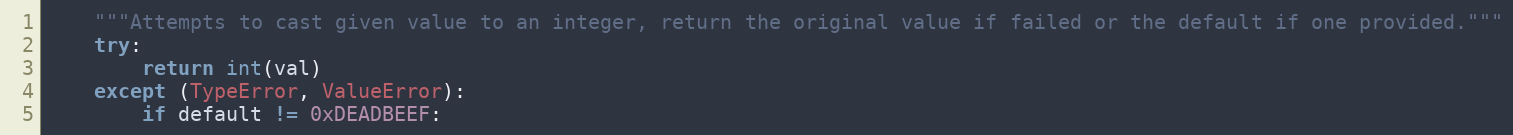
Language: Python
    """Attempts to cast given value to an integer, return the original value if failed or the default if one provided."""
    try:
        return int(val)
    except (TypeError, ValueError):
        if default != 0xDEADBEEF: